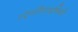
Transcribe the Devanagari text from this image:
स्ट्रेपसिराइनियों